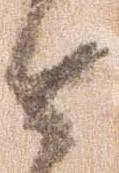
達